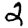
Digit: 2